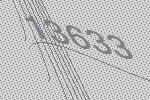
13633